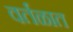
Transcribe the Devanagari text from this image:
वर्तळात